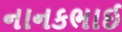
નાનકભાઈ